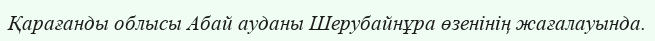
Қарағанды облысы Абай ауданы Шерубайнұра өзенінің жағалауында.